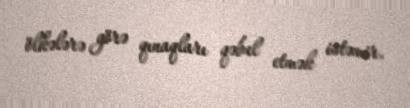
ölkələrə görə qınaqları qəbul etmək istəmir.